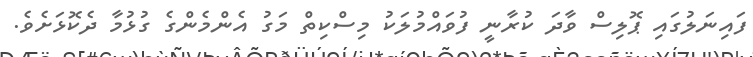
ފައިނަލުގައި ޕޮލިސް ވާދަ ކުރާނީ ފުވައްމުލަކު މިސްކިތް މަގު އެންމެންގެ ގުޅުމާ ދެކޮޅަށެވެ.